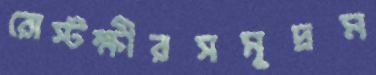
রোস্টক্ষীরসমুদ্রম